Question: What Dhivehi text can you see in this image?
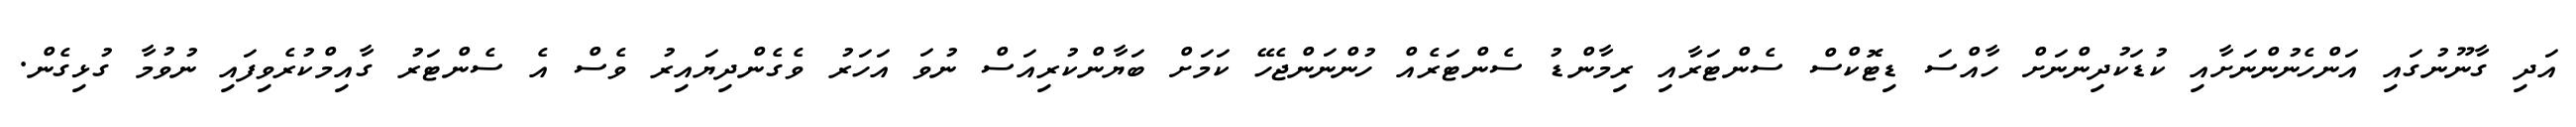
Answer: އަދި ގާނޫނުގައި އަންހެނުންނަށާއި ކުޑަކުދިންނަށް ހާއްސަ ޑިޓޮކްސް ސެންޓަރާއި ރިމާންޑު ސެންޓަރެއް ހުންނަންޖެހޭ ކަމަށް ބަޔާންކުރިއަސް ނުވަ އަހަރު ވެގެންދިޔައިރު ވެސް އެ ސެންޓަރު ގާއިމްކުރެވިފައި ނުވުމާ ގުޅިގެން.